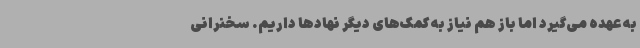
به عهده می‌گیرد اما باز هم نیاز به کمک‌های دیگر نهادها داریم. سخنرانی